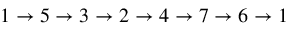
1 \to 5 \to 3 \to 2 \to 4 \to 7 \to 6 \to 1